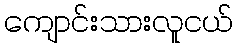
ကျောင်းသားလူငယ်